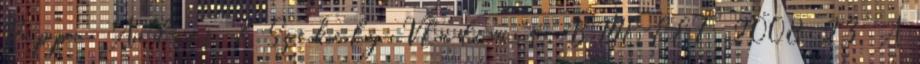
Poppe András & Székely Vladimír, BME-EET 2008 23 A